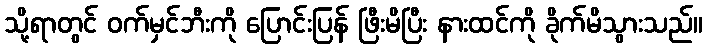
သို့ရာတွင် ဝက်မှင်ဘီးကို ပြောင်းပြန် ဖြီးမိပြီး နားထင်ကို ခိုက်မိသွားသည်။